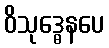
ဝိသုဒ္ဓေနပေ